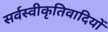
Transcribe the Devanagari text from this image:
सर्वस्वीकृतिवादियों